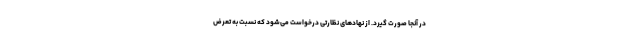
در آنجا صورت گیرد. از نهادهای نظارتی درخواست می‌شود که نسبت به تعرض